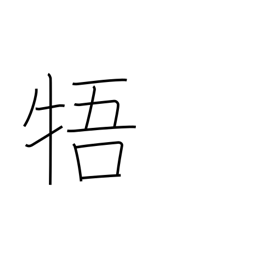
Meaning: be contrary to